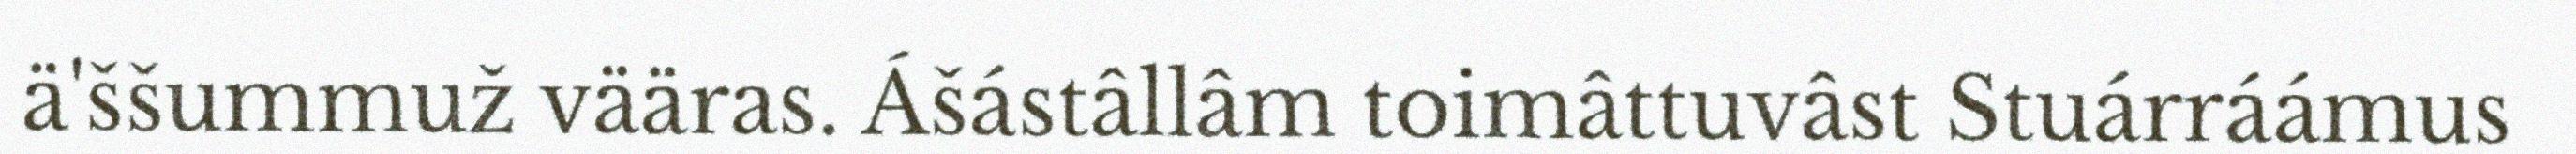
ä'ššummuž vääras. Ášástâllâm toimâttuvâst Stuárráámus